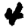
Digit: 4